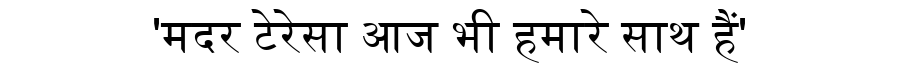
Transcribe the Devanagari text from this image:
'मदर टेरेसा आज भी हमारे साथ हैं'